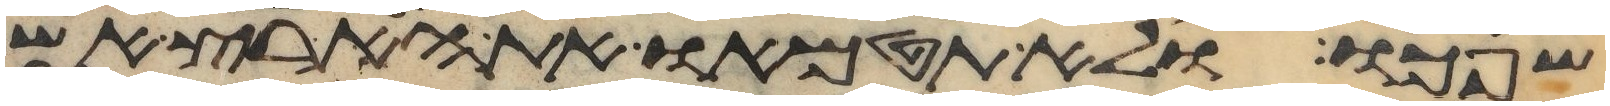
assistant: שפכו ולא תטמאו את הארץ אשר